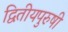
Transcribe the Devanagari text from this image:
द्वितीयपुरुषी